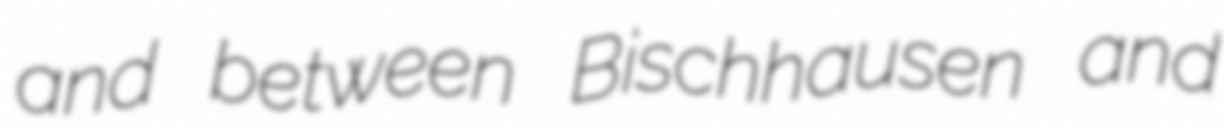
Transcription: and between Bischhausen and